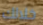
خلالك